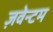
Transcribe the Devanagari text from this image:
ज़वेन्टम